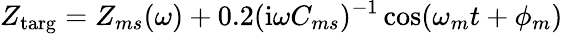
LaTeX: Z_{\textrm{targ}}=Z_{ms}(\omega)+0.2(\textrm{i}\omega C_{ms})^{-1}\cos(\omega_{m}t+\phi_{m})